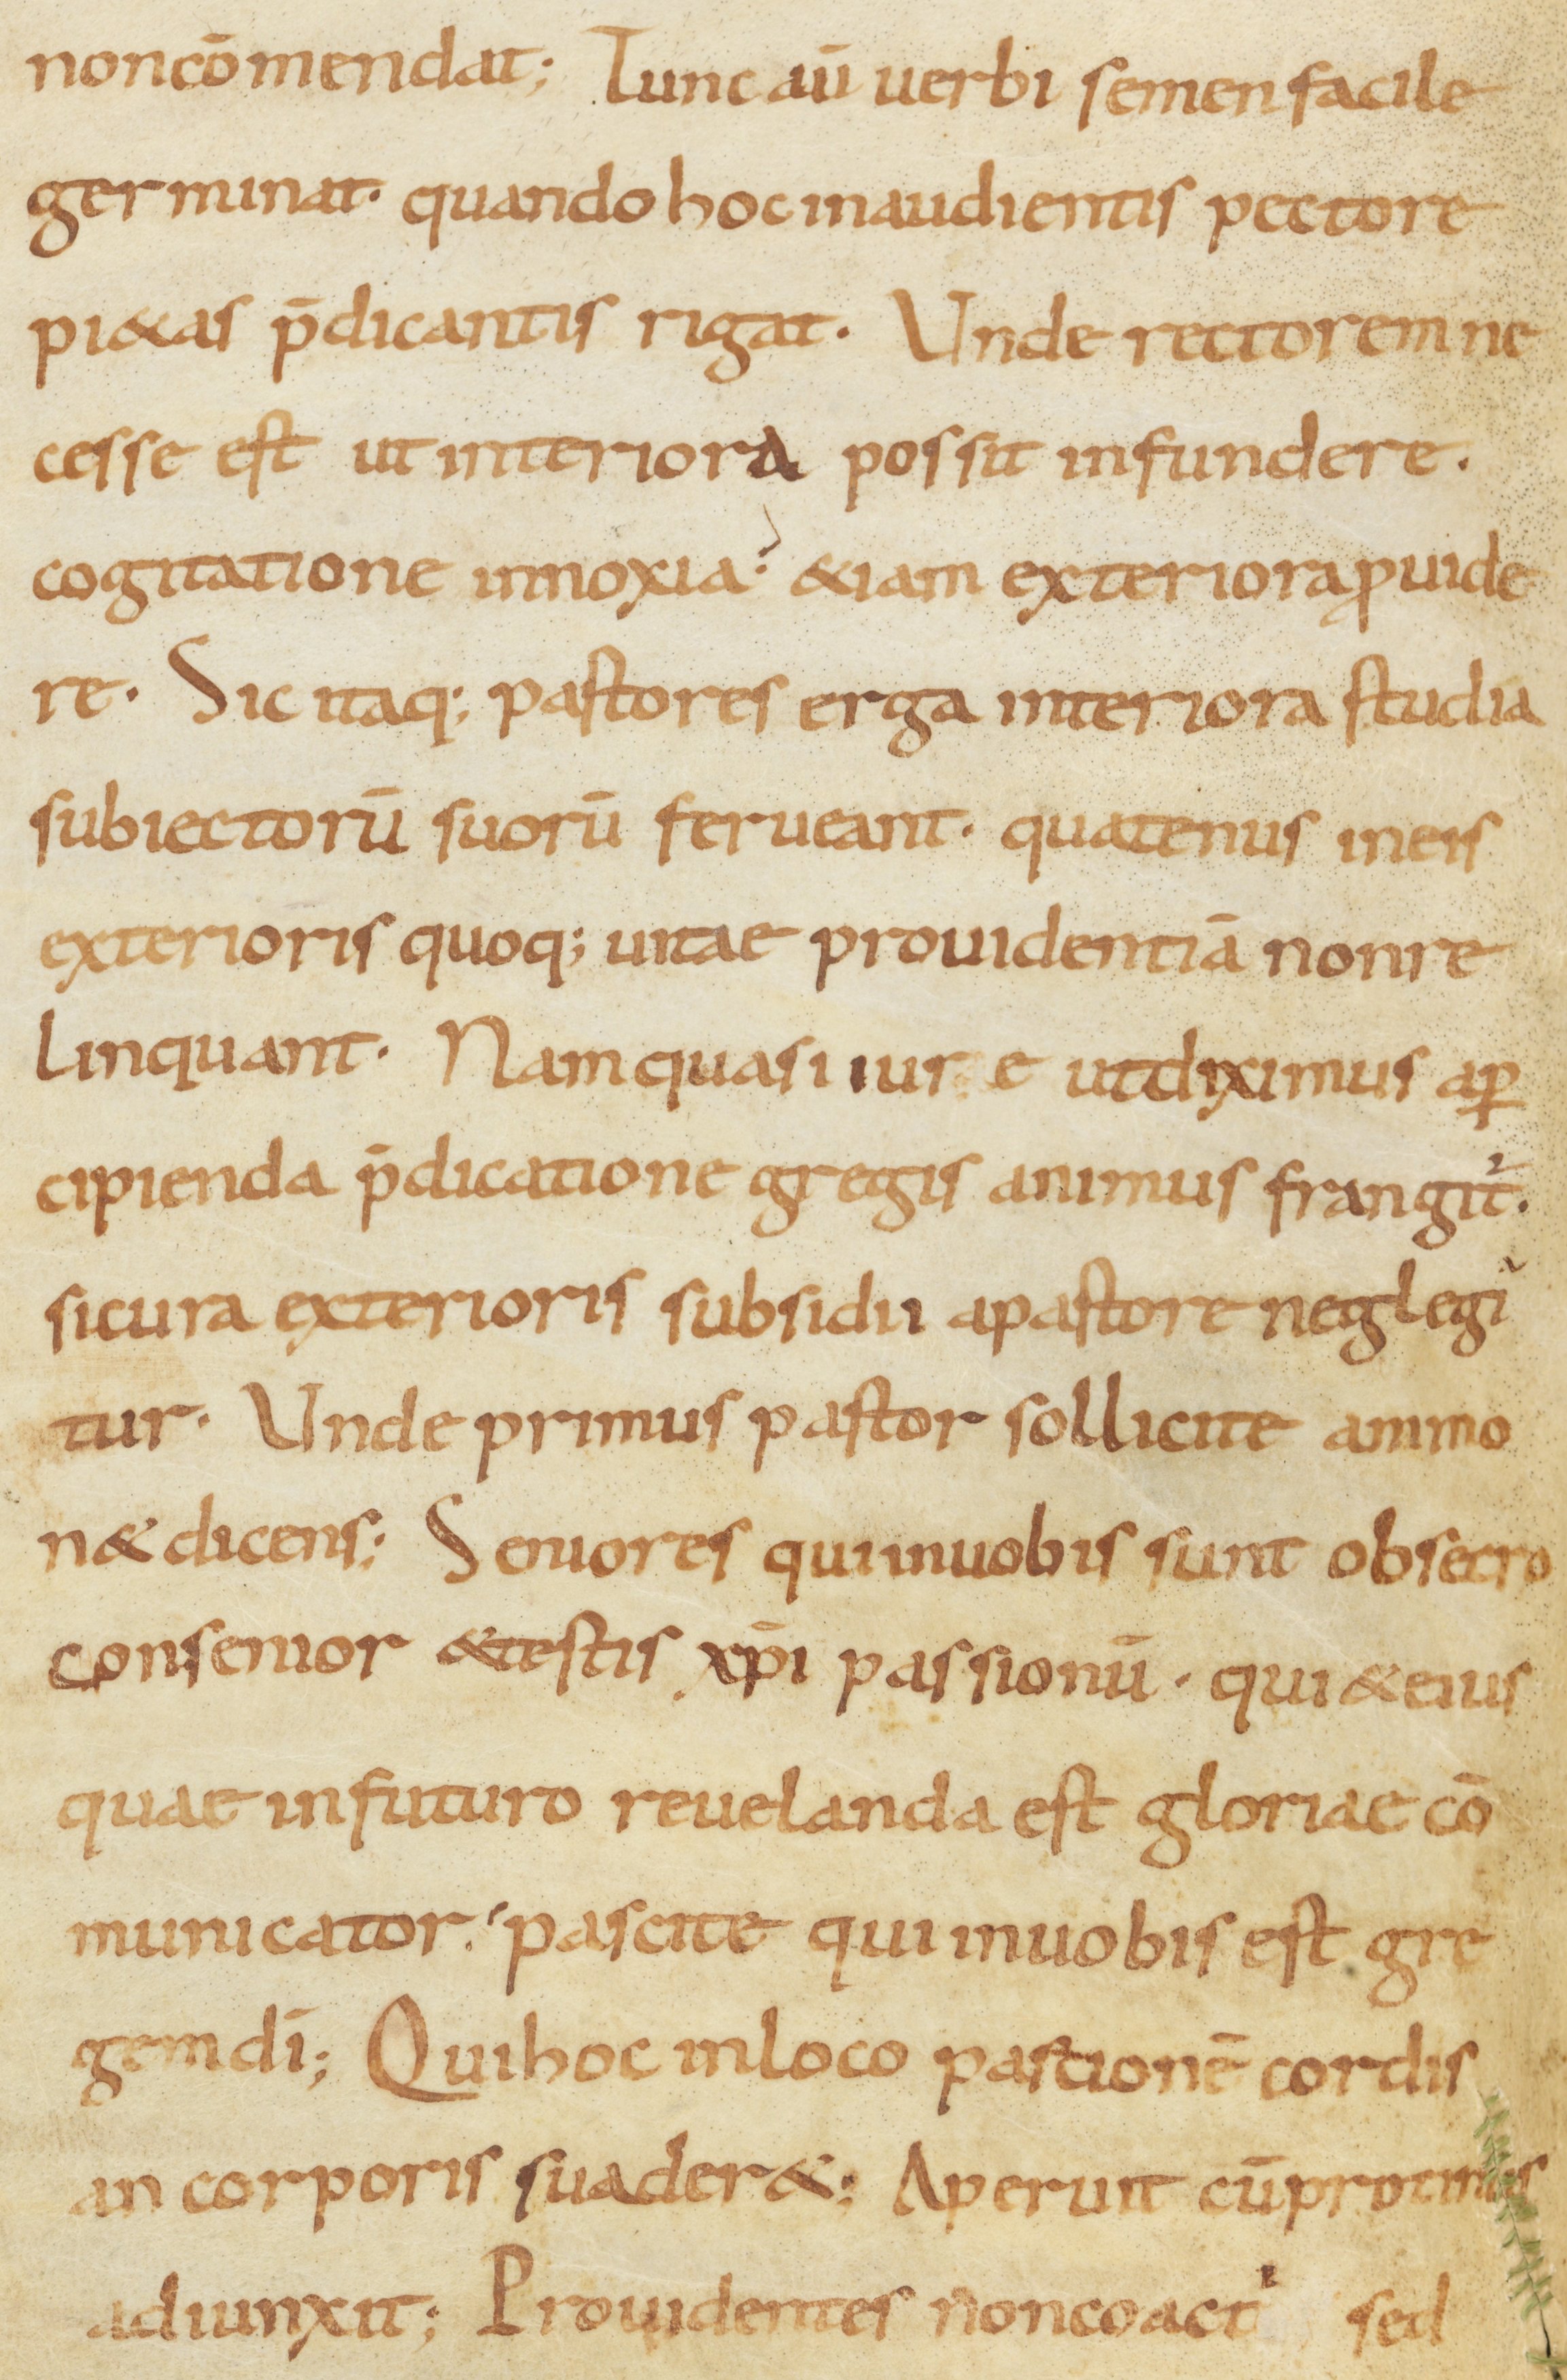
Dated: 900–999